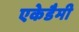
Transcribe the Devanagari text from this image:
एकेडैमी